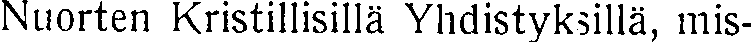
Nuorten Kristillisillä Yhdistyksillä, mis-